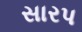
સારપ